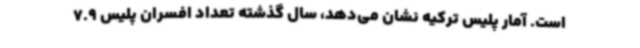
است. آمار پلیس ترکیه نشان می‌دهد، سال گذشته تعداد افسران پلیس 7.9